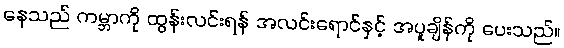
နေသည် ကမ္ဘာကို ထွန်းလင်းရန် အလင်းရောင်နှင့် အပူချိန်ကို ပေးသည်။